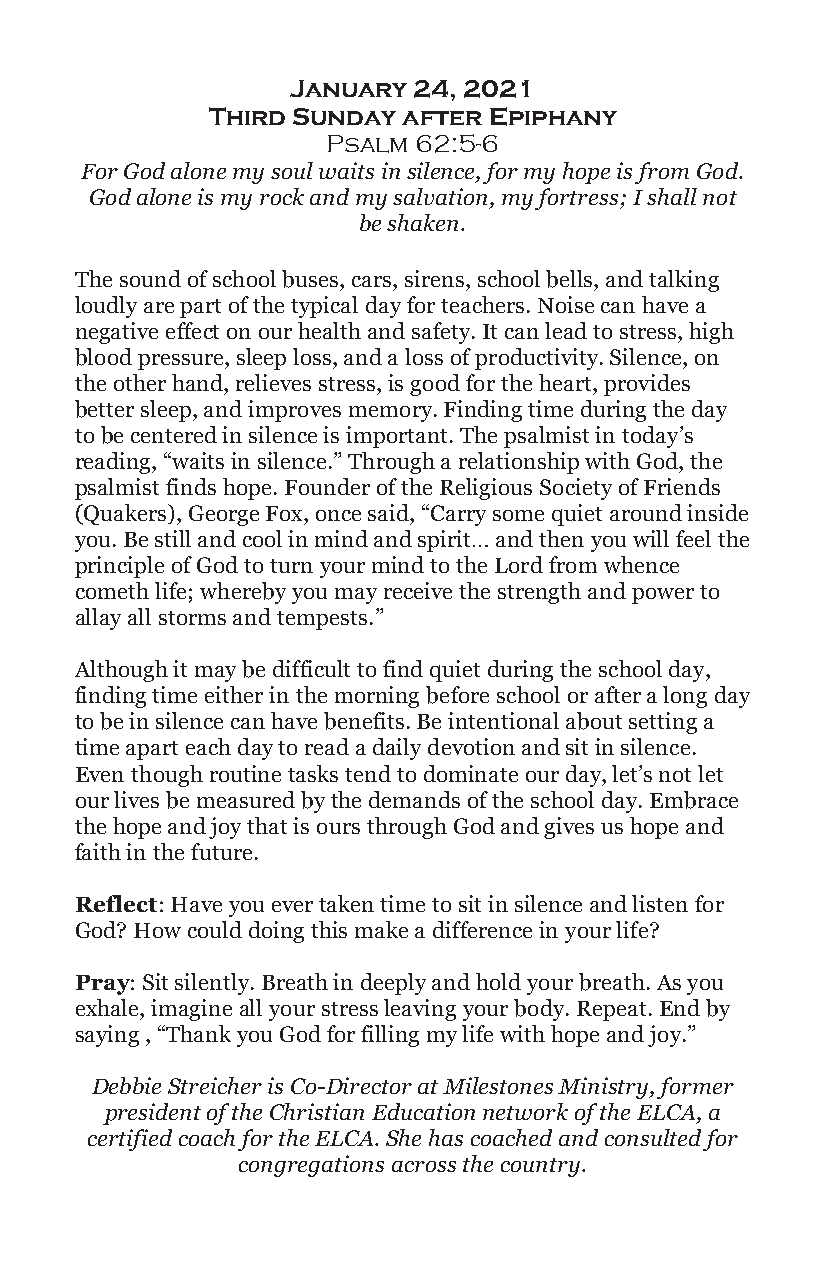
January 24, 2021
 Third Sunday after Epiphany
 Psalm 62:5-6
 For God alone my soul waits in silence, for my hope is from God.
 God alone is my rock and my salvation, my fortress; I shall not
 be shaken.
 The sound of school buses, cars, sirens, school bells, and talking
 loudly are part of the typical day for teachers. Noise can have a
 negative effect on our health and safety. It can lead to stress, high
 blood pressure, sleep loss, and a loss of productivity. Silence, on
 the other hand, relieves stress, is good for the heart, provides
 better sleep, and improves memory. Finding time during the day
 to be centered in silence is important. The psalmist in today’s
 reading, “waits in silence.” Through a relationship with God, the
 psalmist finds hope. Founder of the Religious Society of Friends
 (Quakers), George Fox, once said, “Carry some quiet around inside
 you. Be still and cool in mind and spirit… and then you will feel the
 principle of God to turn your mind to the Lord from whence
 cometh life; whereby you may receive the strength and power to
 allay all storms and tempests.”
 Although it may be difficult to find quiet during the school day,
 finding time either in the morning before school or after a long day
 to be in silence can have benefits. Be intentional about setting a
 time apart each day to read a daily devotion and sit in silence.
 Even though routine tasks tend to dominate our day, let’s not let
 our lives be measured by the demands of the school day. Embrace
 the hope and joy that is ours through God and gives us hope and
 faith in the future.
 Reflect: Have you ever taken time to sit in silence and listen for
 God? How could doing this make a difference in your life?
 Pray: Sit silently. Breath in deeply and hold your breath. As you
 exhale, imagine all your stress leaving your body. Repeat. End by
 saying , “Thank you God for filling my life with hope and joy.”
 Debbie Streicher is Co-Director at Milestones Ministry, former
 president of the Christian Education network of the ELCA, a
 certified coach for the ELCA. She has coached and consulted for
 congregations across the country.